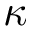
\boldsymbol { \kappa }